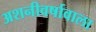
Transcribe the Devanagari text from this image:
अशनीवर्षावाला